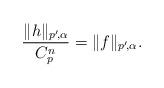
LaTeX: \begin{align*}\frac{\|h\|_{p'\!,\alpha}}{C_p^n}=\|f\|_{p'\!,\alpha}.\end{align*}